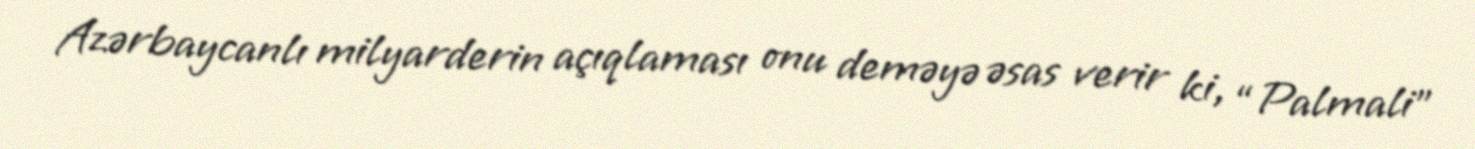
Azərbaycanlı milyarderin açıqlaması onu deməyə əsas verir ki, “Palmali”